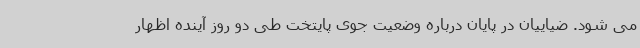
می شود. ضیاییان در پایان درباره وضعیت جوی پایتخت طی دو روز آینده اظهار